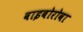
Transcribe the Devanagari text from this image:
वाइबोरोवा